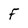
Character: F